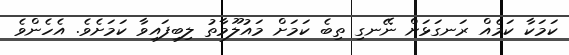
ކަމަކާ ކަމެއް ރަނގަޅަށް ނޭނގި ތިބެ ކަމަށް މައުލޫމާތު ލިބިފައިވާ ކަމަށެވެ. އެހެންވެ